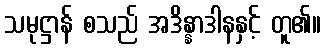
သမုဋ္ဌာန် စသည် အဒိန္နာဒါနနှင့် တူ၏။